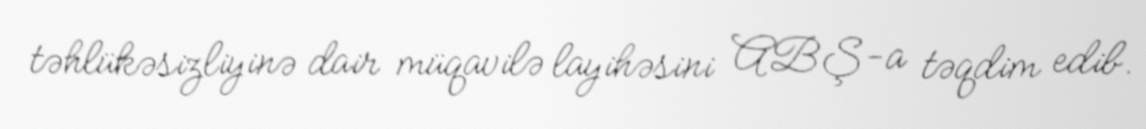
təhlükəsizliyinə dair müqavilə layihəsini ABŞ-a təqdim edib.